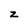
Character: z